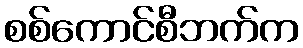
စစ်ကောင်စီဘက်က